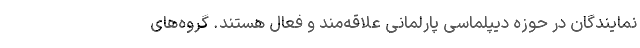
نمایندگان در حوزه دیپلماسی پارلمانی علاقه‌مند و فعال هستند. گروه‌های